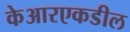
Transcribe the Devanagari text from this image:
केआरएकडील